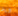
ويد